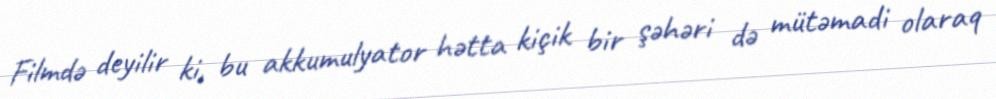
Filmdə deyilir ki, bu akkumulyator hətta kiçik bir şəhəri də mütəmadi olaraq